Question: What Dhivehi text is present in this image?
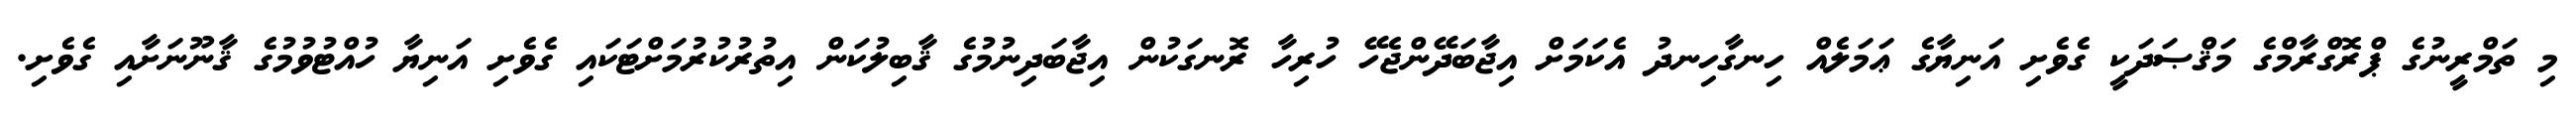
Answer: މި ތަމްރީނުގެ ޕްރޮގްރާމްގެ މަޤްޞަދަކީ ގެވެށި އަނިޔާގެ ޢަމަލެއް ހިނގާހިނދު އެކަމަށް އިޖާބަދޭންޖެހޭ ހުރިހާ ރޮނގަކުން އިޖާބަދިނުމުގެ ޤާބިލުކަން އިތުރުކުރުމަށްޓަކައި ގެވެށި އަނިޔާ ހުއްޓުވުމުގެ ޤާނޫނަށާއި ގެވެށި.